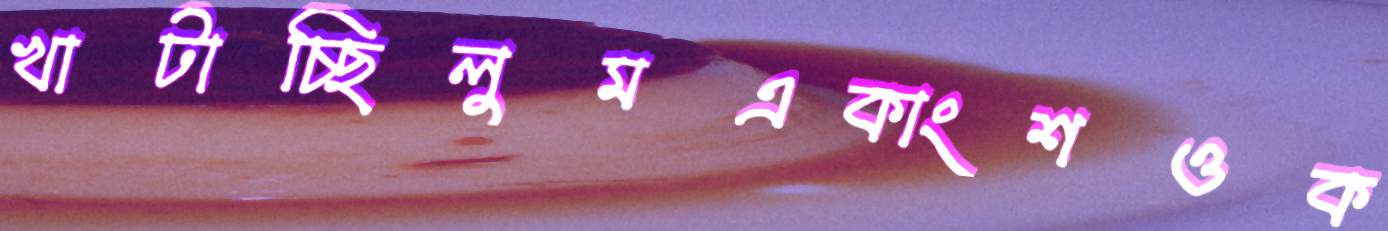
খাটাচ্ছিলুমএকাংশওক